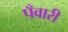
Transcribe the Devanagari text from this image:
पँवारी